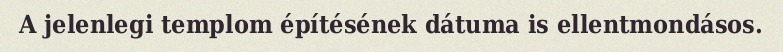
A jelenlegi templom építésének dátuma is ellentmondásos.